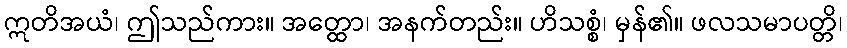
ဣတိအယံ၊ ဤသည်ကား။ အတ္ထော၊ အနက်တည်း။ ဟိသစ္စံ၊ မှန်၏။ ဖလသမာပတ္တိ၊